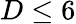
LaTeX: D\le 6